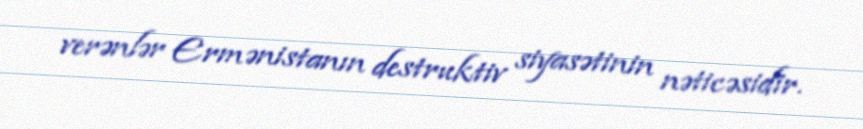
verənlər Ermənistanın destruktiv siyasətinin nəticəsidir.